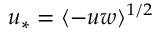
u _ { \ast } = \langle - u w \rangle ^ { 1 / 2 }